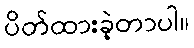
ပိတ်ထားခဲ့တာပါ။